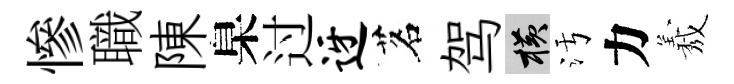
慘職陳臬过迓茗驾横污力𦏁